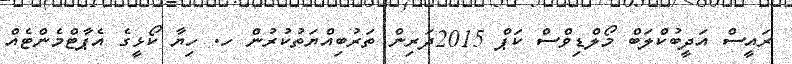
ރައީސް އަދީބުކްލަބް މޯލްޑިވްސް ކަޕް 2015ދަރިން ތަރުބިއްޔަތުކުރުން ހ. ހިޔާ ކޯޅީގެ އެޕާޓްމެންޓެއް